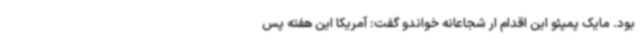
بود. مایک پمپئو این اقدام ار شجاعانه خواندو گفت: آمریکا این هفته پس